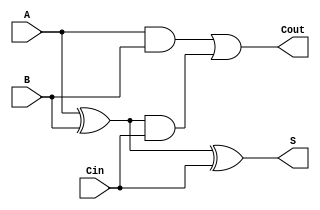
`timescale 1ns / 1ps
//////////////////////////////////////////////////////////////////////////////////
// Company: 
// Engineer: 
// 
// Design Name: 
// Module Name:    full_adder_non_delay 
// Project Name: 
// Target Devices: 
// Tool versions: 
// Description: 
//
// Dependencies: 
//
// Revision: 
// Revision 0.01 - File Created
// Additional Comments: 
//
//////////////////////////////////////////////////////////////////////////////////
module full_adder_non_delay(
	input Cin,
	input A,
	input B,
	output S,
	output Cout
    );
	
	// First adding A and B
	wire ABsum;
	xor
		sumation(ABsum, A, B),
		sum_result(S, ABsum, Cin);
	
	// Then we calculate the carry out states
	wire ABand, Cresult;
	and 
		ab (ABand, A, B),
		cinresult (Cresult, ABsum, Cin);
	
	// Giving carry out result
	or coutresult (Cout, ABand, Cresult);

endmodule